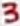
Text: 3